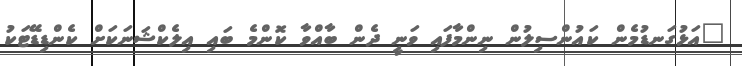
"އަޅުގަނޑުމެން ކައުންސިލުން ނިންމާފައި ވަނީ ދެން ބާއްވާ ކޮންމެ ބައި އިލެކްޝަނަކަށް ކެންޑިޑޭޓަކު